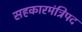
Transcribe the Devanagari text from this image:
सहकारमंत्रिपद